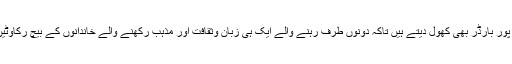
وہاں تو ہم کرتار پور بارڈر بھی کھول دیتے ہیں تاکہ دونوں طرف رہنے والے ایک ہی زبان وثقافت اور مذہب رکھنے والے خاندانوں کے بیچ رکاوٹیں کم سے کم ہوں۔